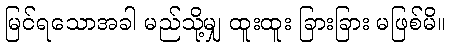
မြင်ရသောအခါ မည်သို့မျှ ထူးထူး ခြားခြား မဖြစ်မိ။